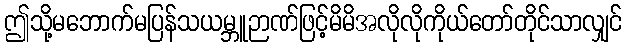
ဤသို့မဘောက်မပြန်သယမ္ဘူဉာဏ်ဖြင့်မိမိအလိုလိုကိုယ်တော်တိုင်သာလျှင်